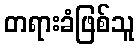
တရားခံဖြစ်သူ